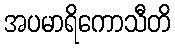
အပမာရိကောသီတိ